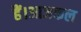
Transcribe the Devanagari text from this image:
हैं।आजकल